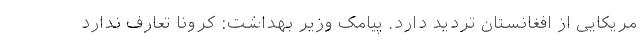
مریکایی از افغانستان تردید دارد. پیامک وزیر بهداشت: کرونا تعارف ندارد